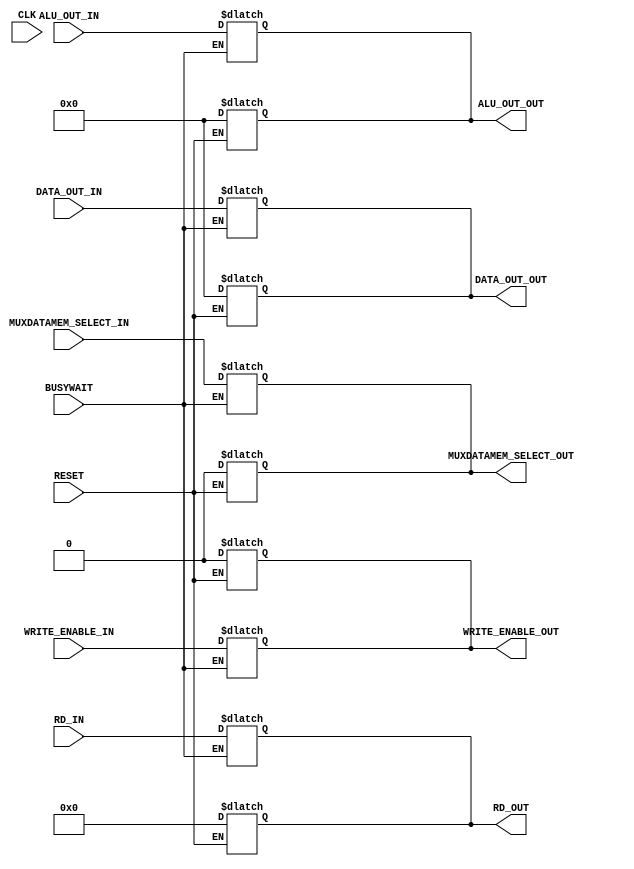
module MEM_WB_register(
	CLK,
	RESET,
	WRITE_ENABLE_IN,
	MUXDATAMEM_SELECT_IN,
	DATA_OUT_IN,
	ALU_OUT_IN,
	RD_IN,
	WRITE_ENABLE_OUT,
	MUXDATAMEM_SELECT_OUT,
	DATA_OUT_OUT,
	ALU_OUT_OUT,
	RD_OUT,
	BUSYWAIT
);

	//port declarations
	input CLK, RESET, WRITE_ENABLE_IN, MUXDATAMEM_SELECT_IN, BUSYWAIT;
	input [4:0] RD_IN;
	input [31:0] DATA_OUT_IN, ALU_OUT_IN;
	
	output reg WRITE_ENABLE_OUT, MUXDATAMEM_SELECT_OUT;
	output reg [4:0] RD_OUT;
	output reg [31:0] DATA_OUT_OUT, ALU_OUT_OUT; 
	
	
	// reset the registers
	always @ (*) begin
        if(RESET) begin
			#1
			WRITE_ENABLE_OUT = 1'd0;
			MUXDATAMEM_SELECT_OUT = 1'd0;
			RD_OUT = 5'd0;
			ALU_OUT_OUT = 32'd0;
			DATA_OUT_OUT = 32'd0;
		end
	end
	
	// input data tranmits to outputs at the positive edge of the clock
	// Assignments to outputs happen simultaneously
		always @ (*) begin
        if (BUSYWAIT == 1'b0 ) begin
			#2
            WRITE_ENABLE_OUT <= WRITE_ENABLE_IN;
			MUXDATAMEM_SELECT_OUT <= MUXDATAMEM_SELECT_IN;
			RD_OUT <= RD_IN;
			ALU_OUT_OUT <= ALU_OUT_IN;
			DATA_OUT_OUT <= DATA_OUT_IN;
        end
    end

endmodule